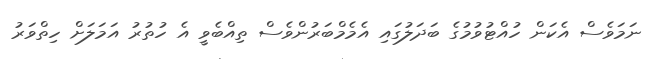
ނަމަވެސް އެކަން ހުއްޓުވުމުގެ ބަދަލުގައި އެމެމްބަރުންވެސް ތިއްބެވީ އެ ހުތުރު އަމަލަށް ހިތްވަރު